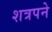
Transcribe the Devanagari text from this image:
शत्रपने